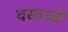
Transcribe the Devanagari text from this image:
वस्‍तओं